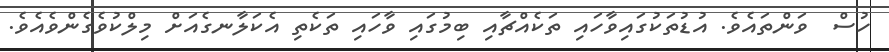
ހުސް  ވަންތައެވެ. އުޑުތަކުގައިވާހައި ތަކެއްޗާއި ބިމުގައި ވާހައި ތަކެތި އެކަލާނގެއަށް މިލްކުވެގެންވެއެވެ.